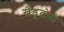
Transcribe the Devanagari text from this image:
खेडूतोनी